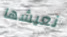
نعيشها